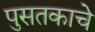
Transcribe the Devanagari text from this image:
पुसतकाचे